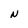
Character: N